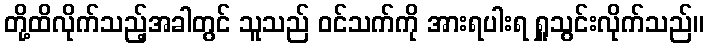
တို့ထိလိုက်သည့်အခါတွင် သူသည် ဝင်သက်ကို အားရပါးရ ရှူသွင်းလိုက်သည်။